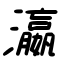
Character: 瀛